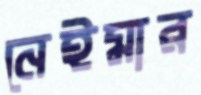
নেইমার